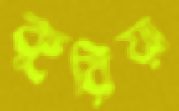
কুরিয়া